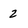
Character: 2